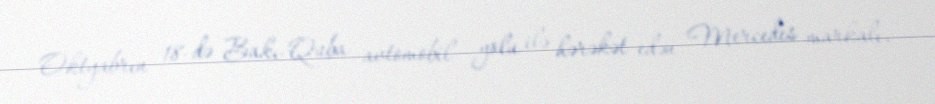
Oktyabrın 18-də Bakı-Quba avtomobil yolu ilə hərəkət edən Mercedes markalı,